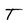
Character: T